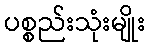
ပစ္စည်းသုံးမျိုး